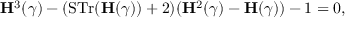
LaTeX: { \bf H } ^ { 3 } ( \gamma ) - ( \mathrm { S T r } ( { \bf H } ( \gamma ) ) + 2 ) ( { \bf H } ^ { 2 } ( \gamma ) - { \bf H } ( \gamma ) ) - 1 = 0 ,